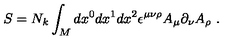
S = N _ { k } \int _ { M } d x ^ { 0 } d x ^ { 1 } d x ^ { 2 } \epsilon ^ { \mu \nu \rho } A _ { \mu } \partial _ { \nu } A _ { \rho } \ .